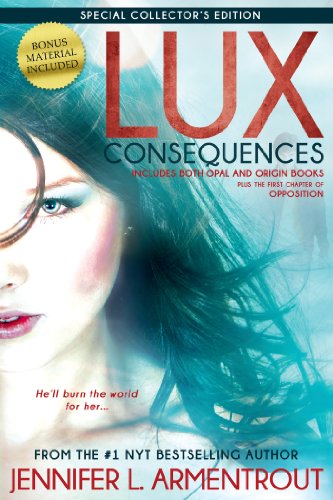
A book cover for Lux: Consequences (Opal & Origin) (A Lux Novel); Jennifer L. Armentrout; Teen & Young Adult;